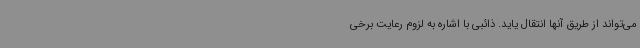
می‌تواند از طریق آنها انتقال یاید. ذائبی با اشاره به لزوم رعایت برخی